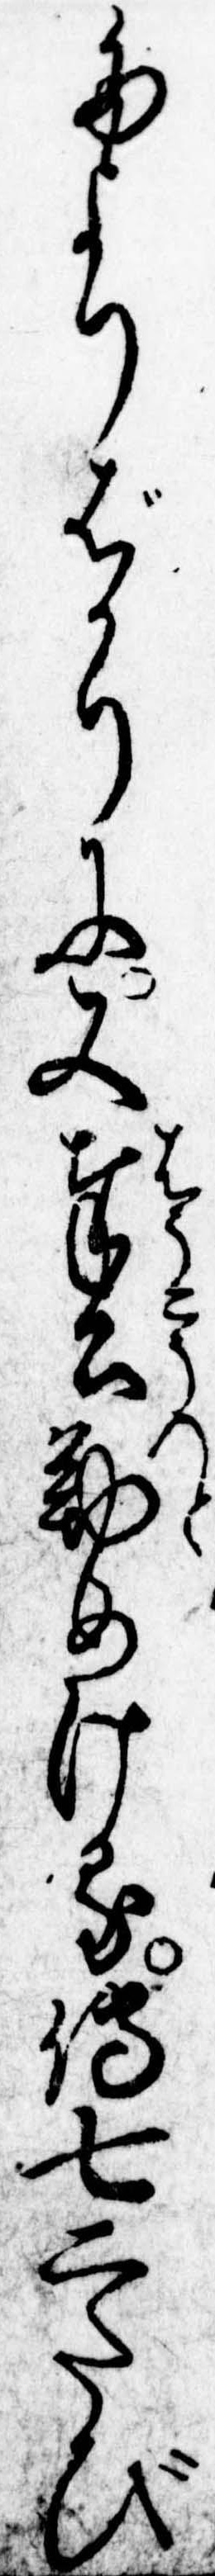
たよりばかりに又奉公勤めける伝七二たび